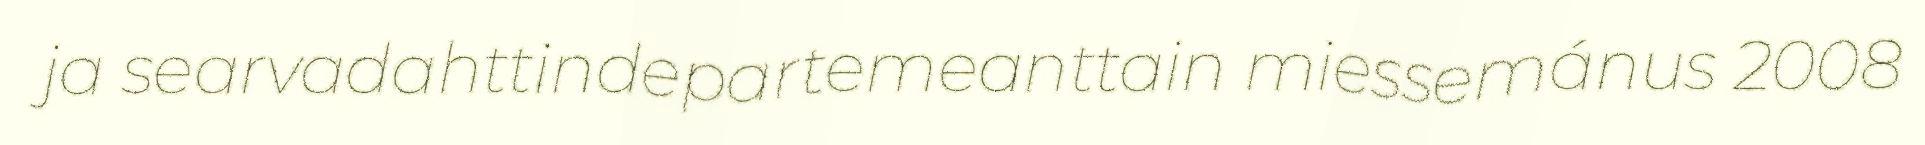
ja searvadahttindepartemeanttain miessemánus 2008